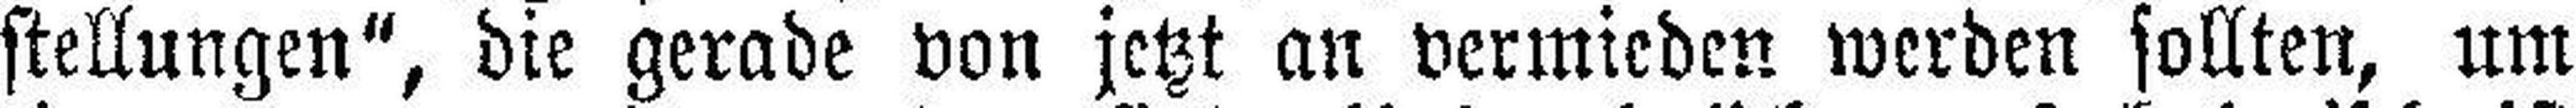
stellungen“, die gerade von jetzt an vermieden werden sollten, um